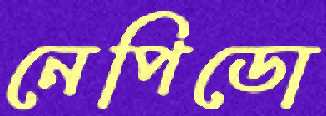
নেপিডো